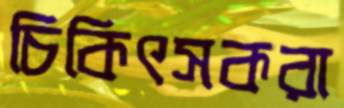
চিকিৎসকরা